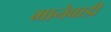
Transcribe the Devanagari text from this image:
मानेवाडी